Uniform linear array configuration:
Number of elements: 48
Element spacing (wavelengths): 0.5
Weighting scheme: hann
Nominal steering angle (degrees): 60
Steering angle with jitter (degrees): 61.382
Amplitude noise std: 0.05
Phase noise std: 0.05

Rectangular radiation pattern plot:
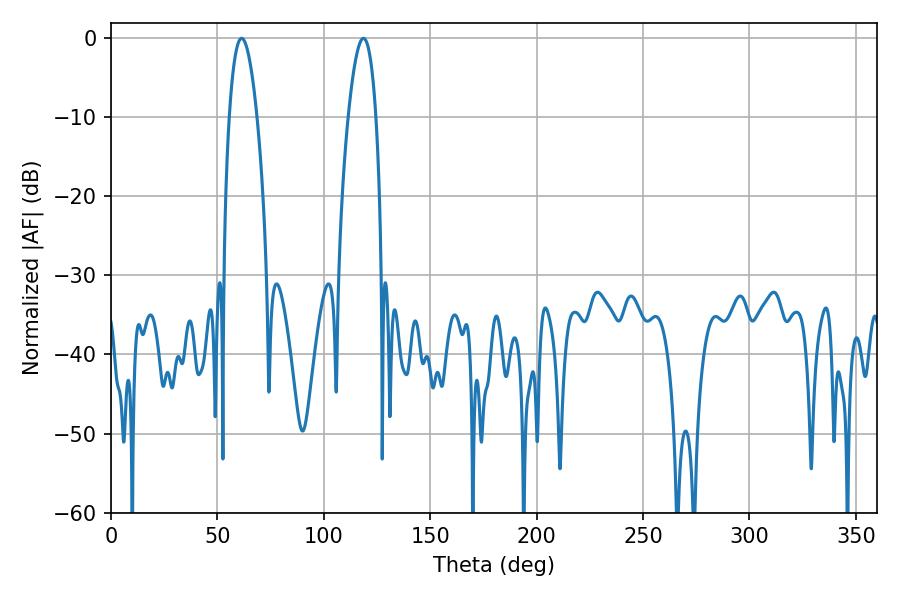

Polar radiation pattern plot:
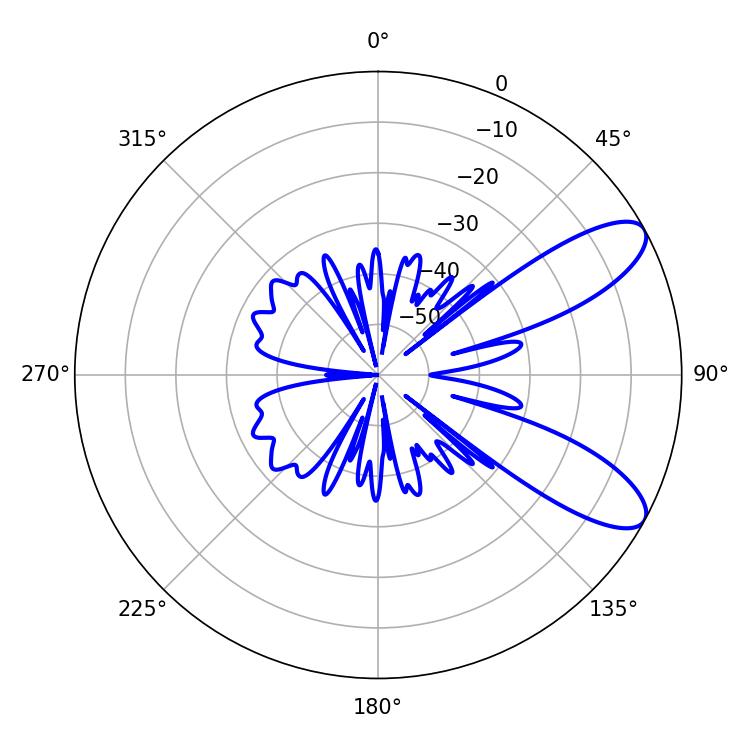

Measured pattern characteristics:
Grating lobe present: FALSE
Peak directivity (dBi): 9.26
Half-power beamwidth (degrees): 7.2
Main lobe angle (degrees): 61.38